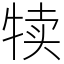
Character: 犊